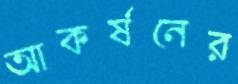
আকর্ষনের